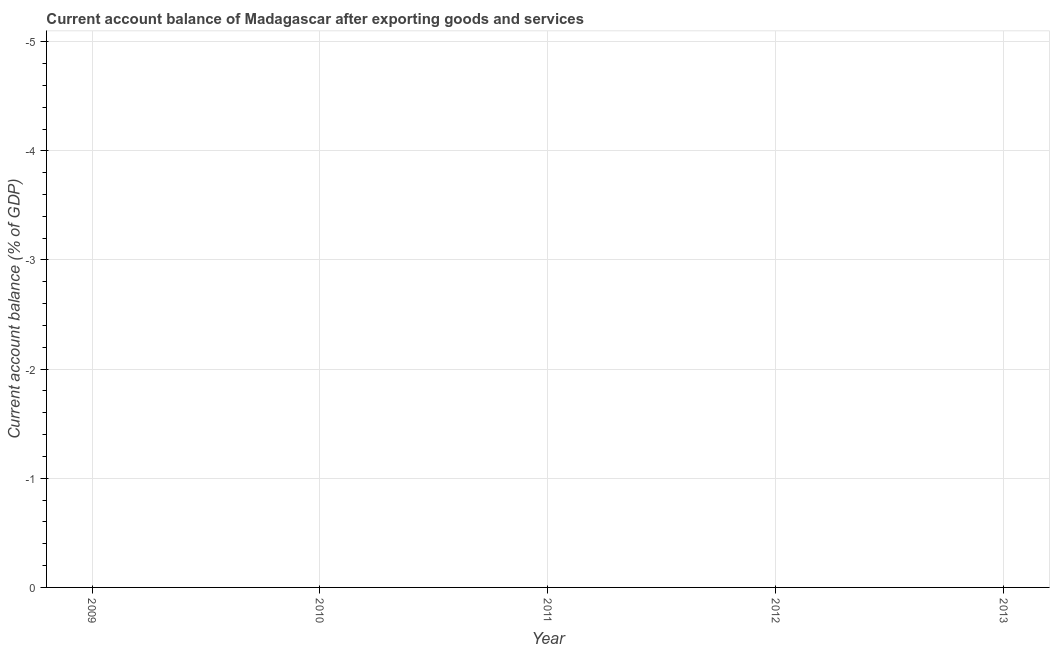
| Year | Current account balance |
 | --- | --- |
 | 2009 | -21.1 |
 | 2010 | -10.2 |
 | 2011 | -7.02 |
 | 2012 | -7.65 |
 | 2013 | -5.86 |